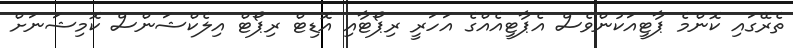
ތެރޭގައި ކޮންމެ ޕާޓީއަކުންވެސް އެޕާޓީއެއްގެ އަހަރީ ރިޕޯޓާއި އޮޑިޓް ރިޕޯޓް އިލެކްޝަންސް ކޮމިޝަނަށް